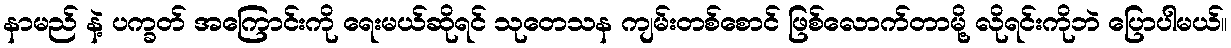
နာမည် နဲ့ ပက္ခတ် အကြောင်းကို ရေးမယ်ဆိုရင် သုတေသန ကျမ်းတစ်စောင် ဖြစ်လောက်တာမို့ လိုရင်းကိုဘဲ ပြောပါမယ်။